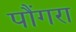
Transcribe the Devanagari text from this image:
पौंगरा